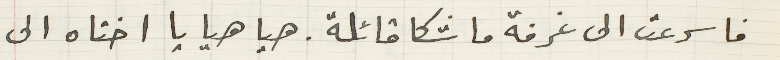
فاسرعت الى غرفة ماشكا قائلة. هيا هيا يا اختاه الى